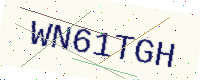
Text: WN61TGH